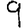
Digit: 9